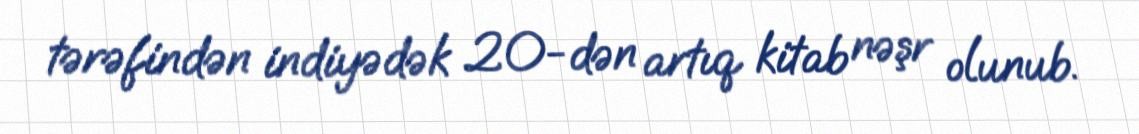
tərəfindən indiyədək 20-dən artıq kitab nəşr olunub.